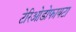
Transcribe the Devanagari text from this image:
टेरिओडोफायटा